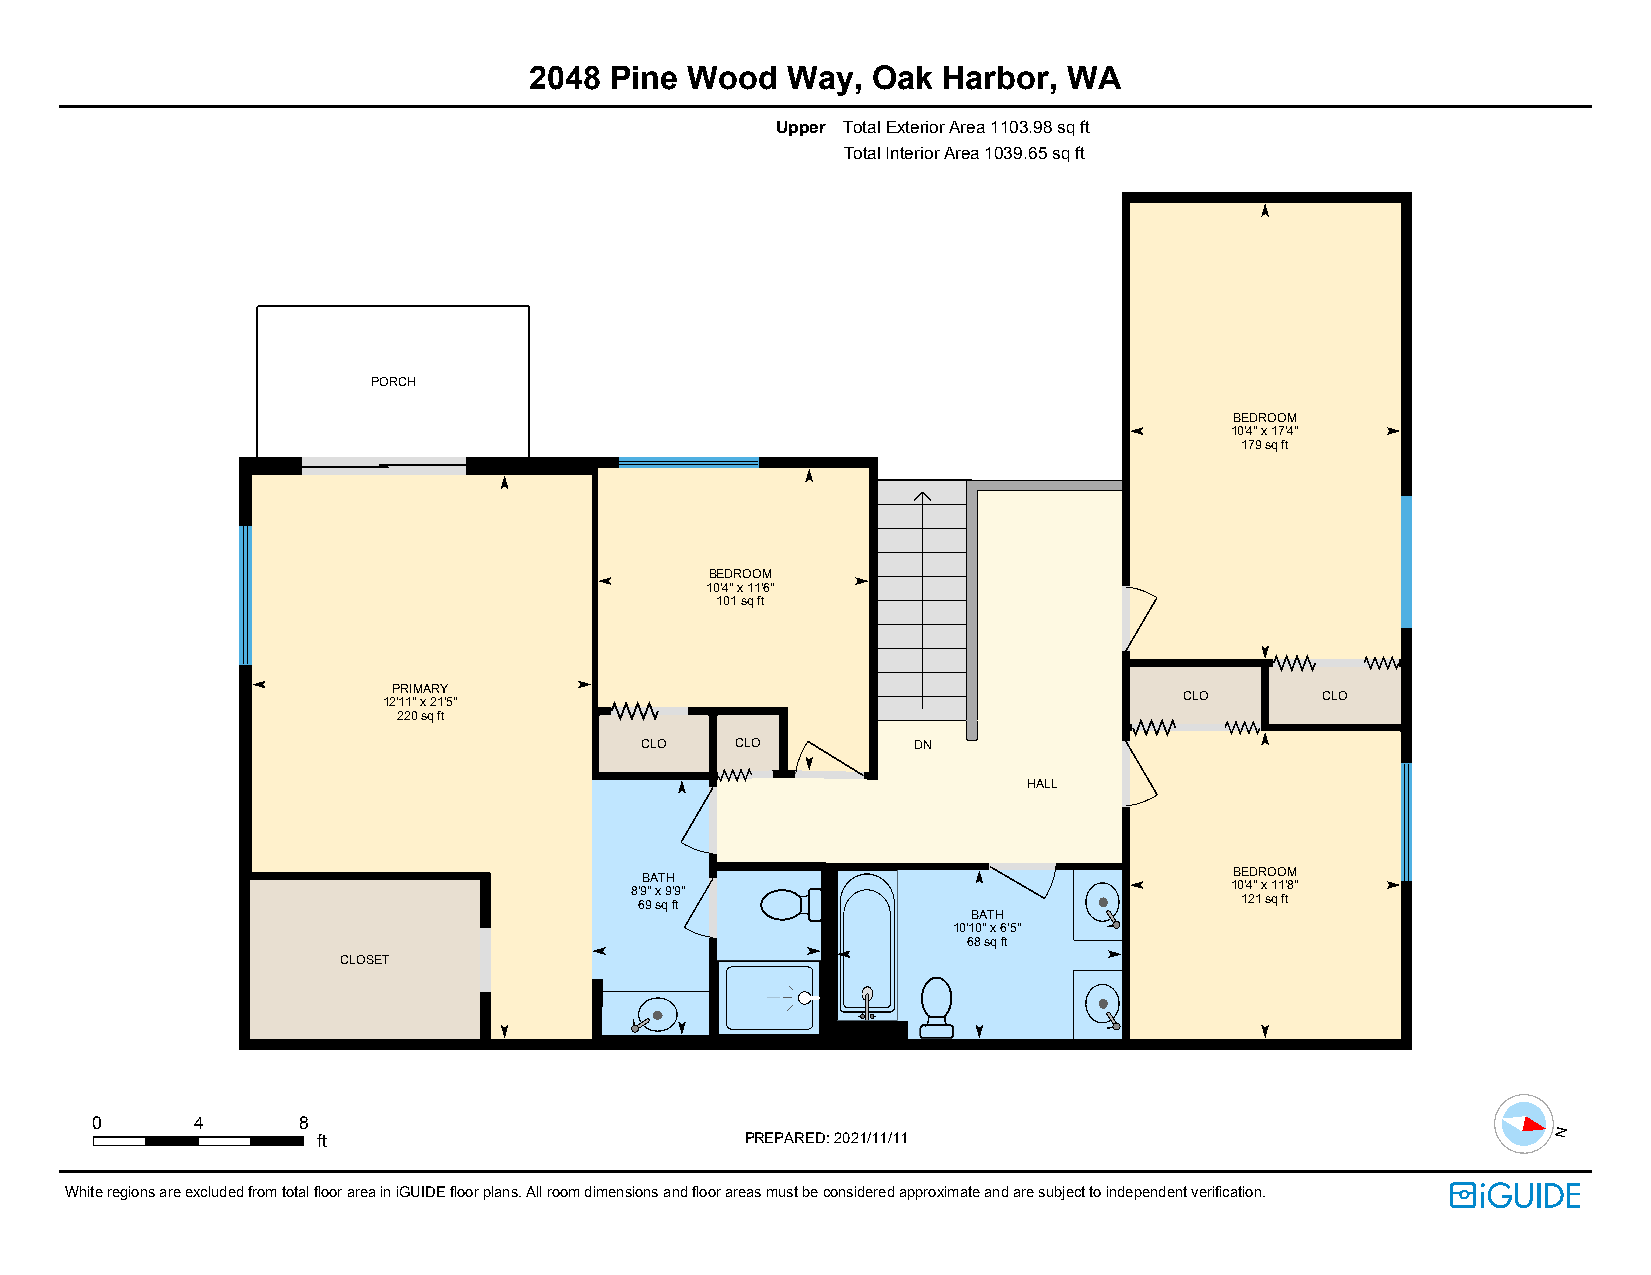
2048 Pine  Wood  Way,  Oak Harbor,  WA
 Upper TotalExteriorArea1103.98sqft
 TotalInteriorArea1039.65sqft
 PORCH
 BEDROOM
 10'4"x17'4"
 179sqft
 BEDROOM
 10'4"x11'6"
 101sqft
 PRIMARY
 CLO      CLO
 12'11"x21'5"
 220sqft
 CLO    CLO        DN
 HALL
 BATH                                    BEDROOM
 8'9"x9'9"                              10'4"x11'8"
 69sqft                                  121sqft
 BATH
 10'10"x6'5"
 68sqft
 CLOSET
 0      4      8
 ft                          PREPARED:2021/11/11                                   N
 WhiteregionsareexcludedfromtotalfloorareainiGUIDEfloorplans.Allroomdimensionsandfloorareasmustbeconsideredapproximateandaresubjecttoindependentverification.